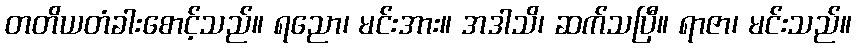
တတိယတံခါးစောင့်သည်။ ရညော၊ မင်းအား။ အဒါသိ၊ ဆက်သပြီ။ ရာဇာ၊ မင်းသည်။